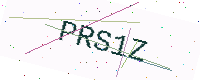
Text: PRS1Z